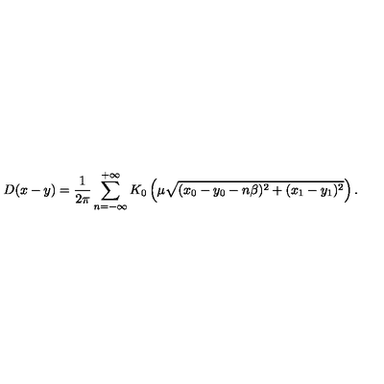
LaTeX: D ( x - y ) = \frac { 1 } { 2 \pi } \sum _ { n = - \infty } ^ { + \infty } K _ { 0 } \left( \mu \sqrt { ( x _ { 0 } - y _ { 0 } - n \beta ) ^ { 2 } + ( x _ { 1 } - y _ { 1 } ) ^ { 2 } } \right) .